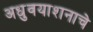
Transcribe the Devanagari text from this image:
अधुवयाशनाचे